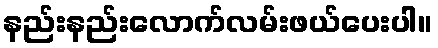
နည်းနည်းလောက်လမ်းဖယ်ပေးပါ။